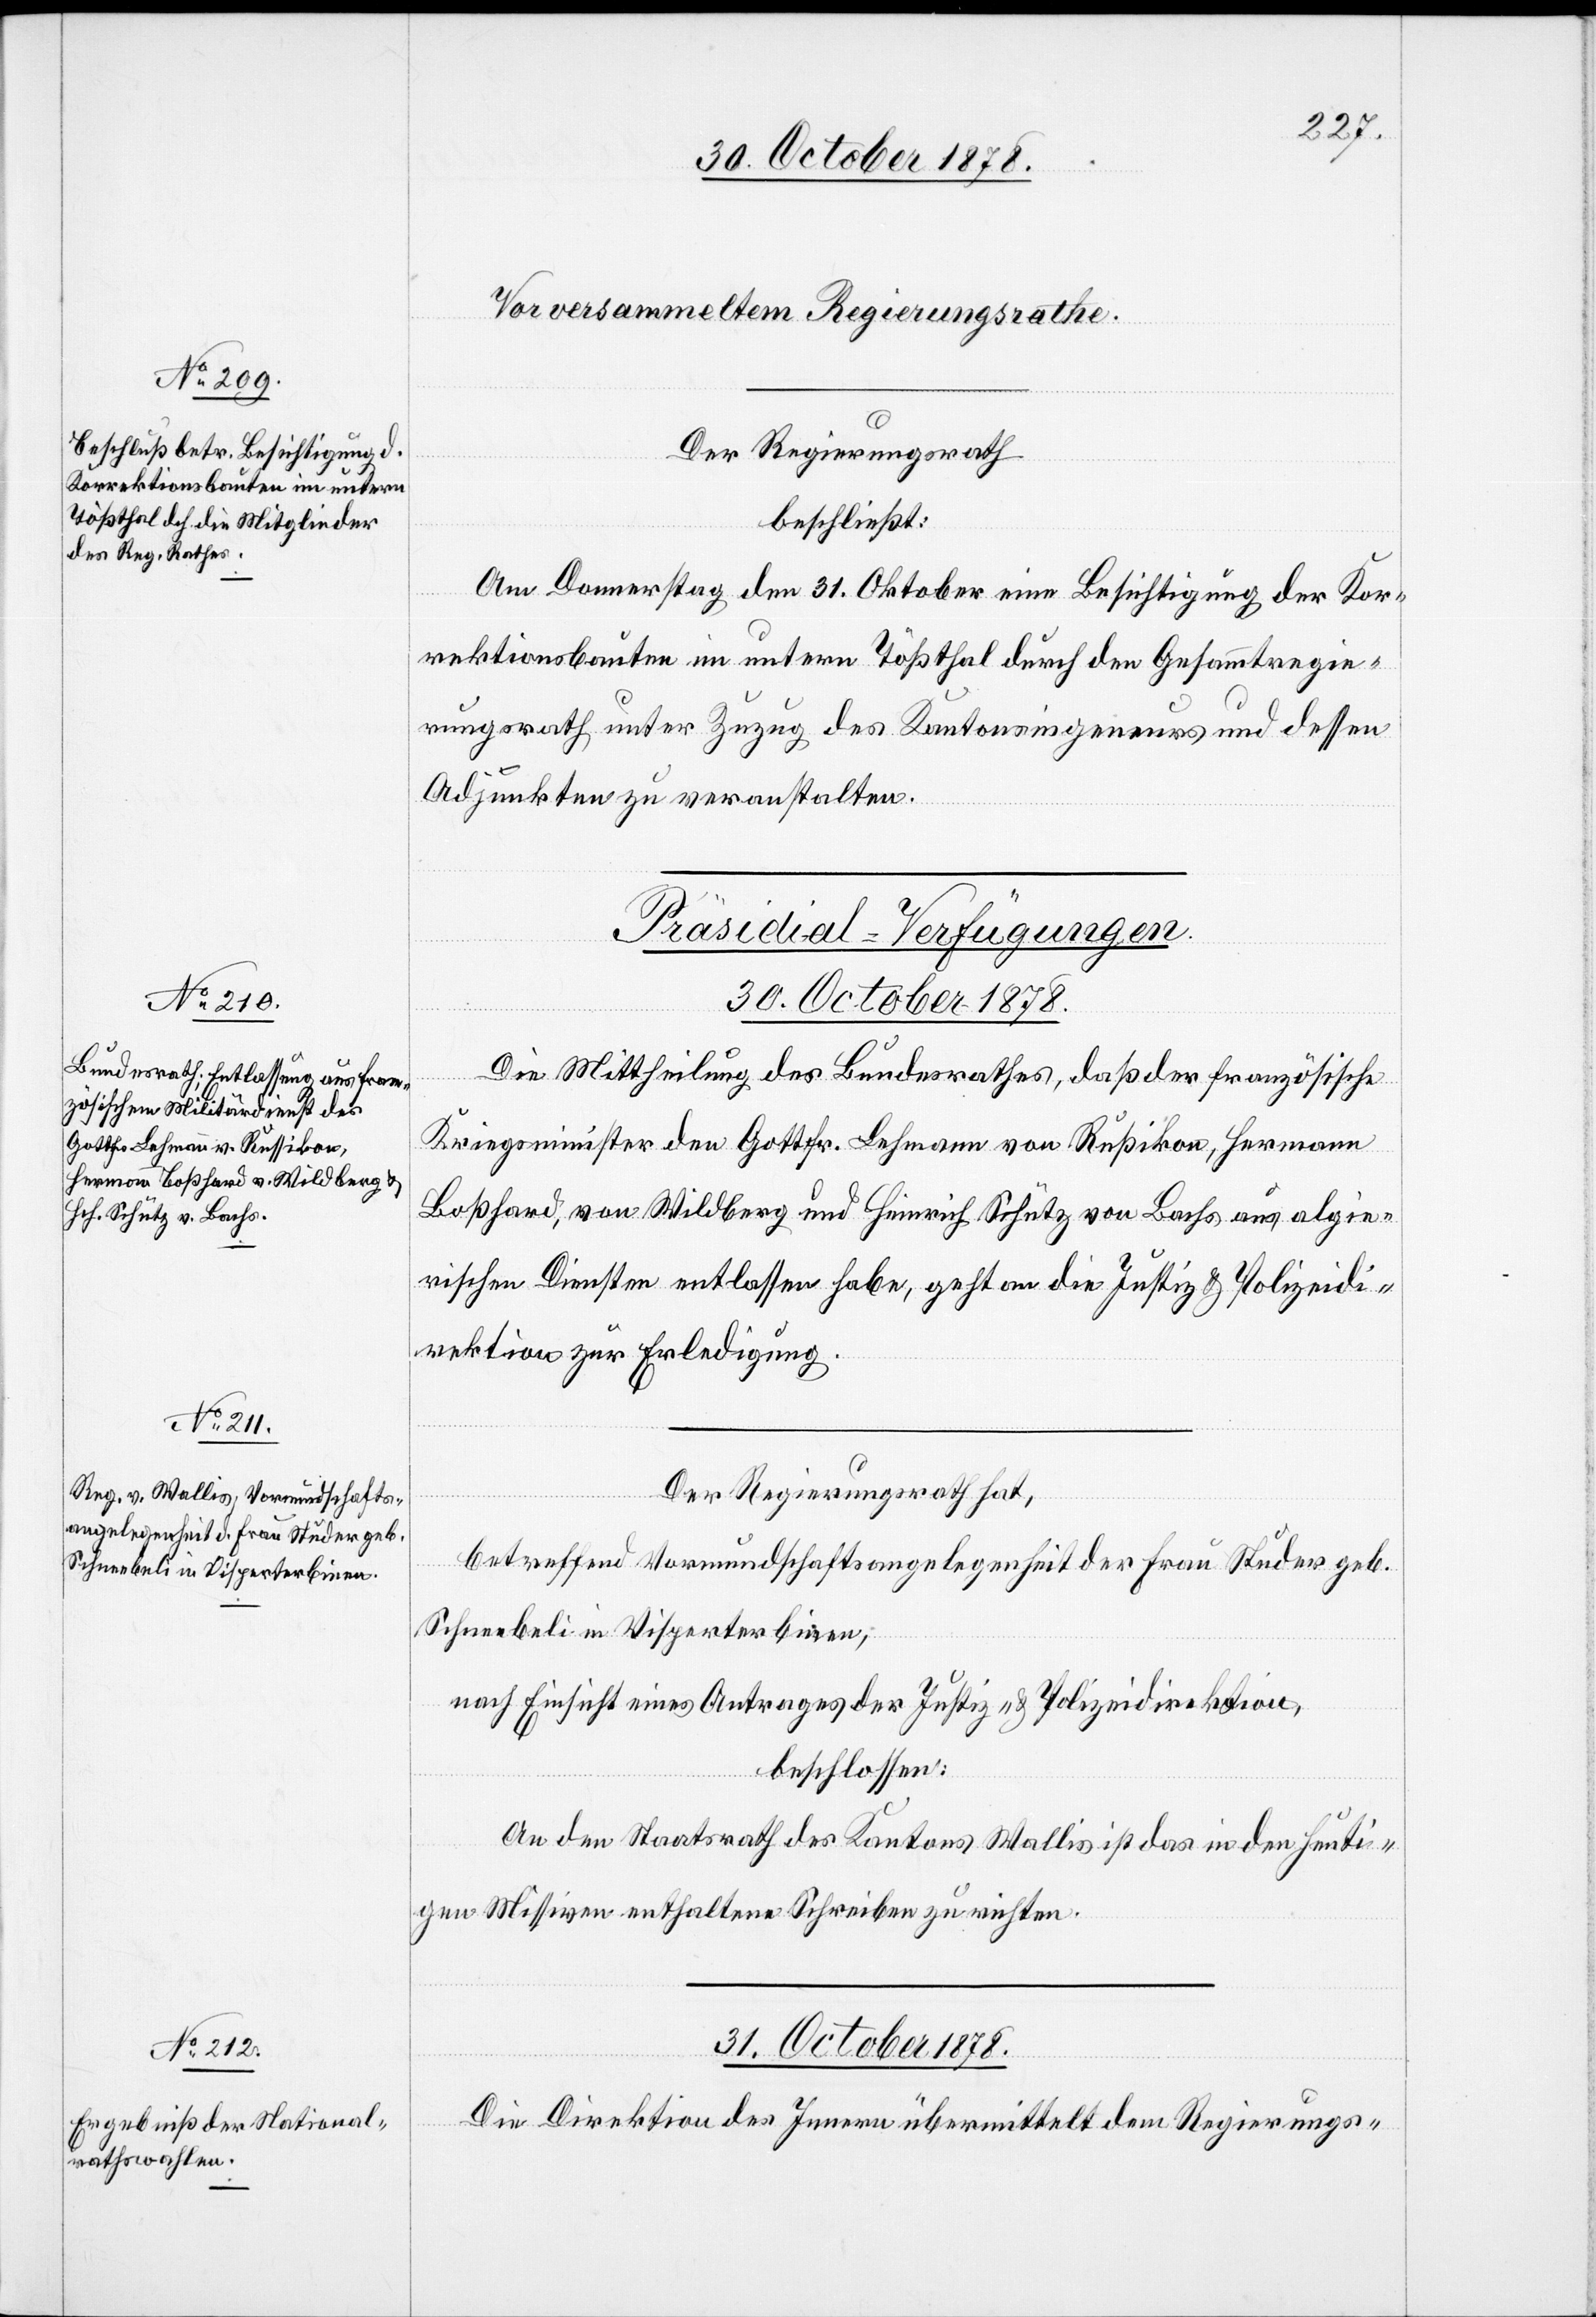
30. October 1878.]
Der Regierungsrath
beschließt:
Am Donnerstag den 31. Oktober eine Besichtigung der Kor¬
rektionsbauten im untern Tößthal durch den Gesammtregie¬
rungsrath unter Zuzug des Kantonsingenieurs und dessen
Adjunkten zu veranstalten.
[Präsidial-Verfügungen.]
30. October 1878.
Die Mittheilung des Bundesrathes, daß der französische
Kriegsminister den Gottfr. Lehmann von Rußikon, Hermann
Boßhard, von Wildberg und Heinrich Schütz von Bachs aus algie¬
rischen Diensten entlassen habe, geht an die Justiz- & Polizeidi¬
rektion zur Erledigung.
Der Regierungsrath hat,
betreffend Vormundschaftsangelegenheit der Frau Studer geb.
Schneebeli in Visperterbinen,
nach Einsicht eines Antrages der Justiz- & Polizeidirektion,
beschlossen:
An den Staatsrath des Kantons Wallis ist das in den heuti¬
gen Missiven enthaltene Schreiben zu richten.
31. October 1878.
Die Direktion des Innern übermittelt den Regierungs-